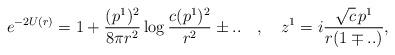
LaTeX: \begin{align*}e^{-2U(r)} = 1 + {(p^1)^2 \over 8 \pi r^2} \log {c (p^1)^2 \over r^2 } \pm ..\quad , \quad z^1 = i {\sqrt {c} \, p^1 \over r ( 1 \mp ..)} ,\end{align*}